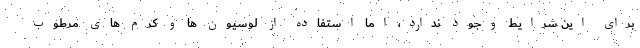
برای این شرایط وجود ندارد، اما استفاده از لوسیون ها و کرم های مرطوب